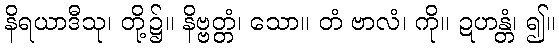
နိရယာဒီသု၊ တို့၌။ နိဗ္ဗတ္တံ၊ သော။ တံ ဗာလံ၊ ကို။ ဍဟန္တံ၊ ၍။